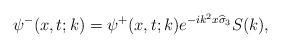
LaTeX: \begin{align*}\psi^-(x,t;k)=\psi^+(x,t;k)e^{-ik^2x\widehat{\sigma}_3}S(k),\end{align*}